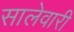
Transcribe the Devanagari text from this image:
सालेवारी